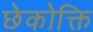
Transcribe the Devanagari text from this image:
छेकोक्ति